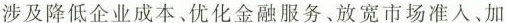
涉及降低企业成本、优化金融服务、放宽市场准入、加